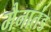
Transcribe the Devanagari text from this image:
मैनातंड